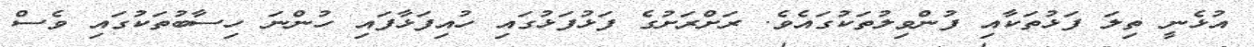
އުޅެނީ ތިލަ ފަޅުތަކާއި ފުންވިލުތަކުގައެވެ. ރަށްރަށުގެ ފަޅުފަޅުގައި ހުއިފަޅާފައި ހުންނަ ހިސާބުތަކުގައި ވެސް